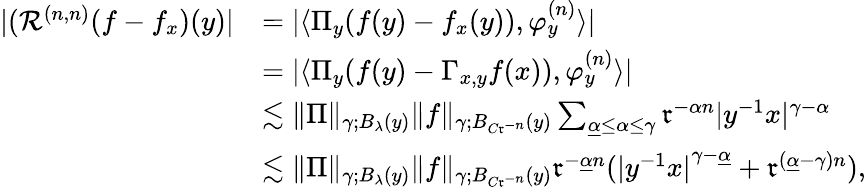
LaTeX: \begin{array}{rl}{|(\mathcal{R}^{(n,n)}(f-f_{x})(y)|}&{=|\langle\Pi_{y}(f(y)-f_{x}(y)),\varphi_{y}^{(n)}\rangle|}\\ &{=|\langle\Pi_{y}(f(y)-\Gamma_{x,y}f(x)),\varphi_{y}^{(n)}\rangle|}\\ &{\lesssim\| \Pi\| _{\gamma;B_{\lambda}(y)}\| f\| _{\gamma;B_{C\mathfrak{r}^{-n}}(y)}\sum_{\underline{{\alpha}}\leq\alpha\leq\gamma}\mathfrak{r}^{-\alpha n}|y^{-1}x|^{\gamma-\alpha}}\\ &{\lesssim\| \Pi\| _{\gamma;B_{\lambda}(y)}\| f\| _{\gamma;B_{C\mathfrak{r}^{-n}}(y)}\mathfrak{r}^{-\underline{{\alpha}}n}({|y^{-1}x|}^{\gamma-\underline{{\alpha}}}+\mathfrak{r}^{(\underline{{\alpha}}-\gamma)n}),}\end{array}